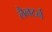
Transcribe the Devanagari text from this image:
लैनटर्न